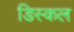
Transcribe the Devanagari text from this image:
डिस्कल